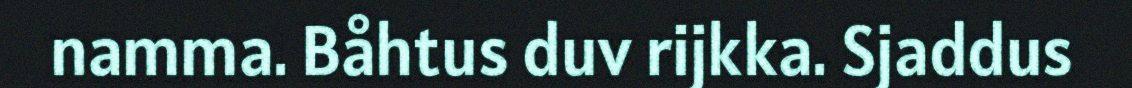
namma. Båhtus duv rijkka. Sjaddus